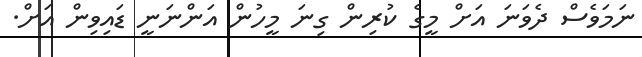
ނަމަވެސް ދެވަނަ އަށް މީގެ ކުރިން ގިނަ މީހުން އަންނަނީ ޑައިވިން އަށް.